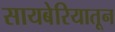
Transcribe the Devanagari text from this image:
सायबेरियातून